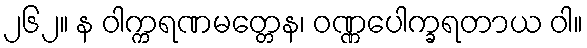
၂၆၂။ န ဝါက္ကရဏမတ္တေန၊ ဝဏ္ဏပေါက္ခရတာယ ဝါ။